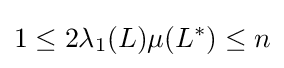
1\leq 2\lambda _{1}(L)\mu (L^{*})\leq n